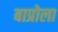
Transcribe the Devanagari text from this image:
बाप्रोला